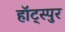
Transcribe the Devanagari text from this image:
हॉट्स्पुर